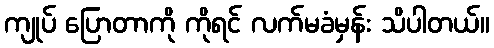
ကျုပ် ပြောတာကို ကိုရင် လက်မခံမှန်း သိပါတယ်။